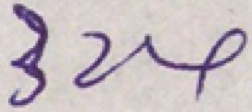
3 2 4